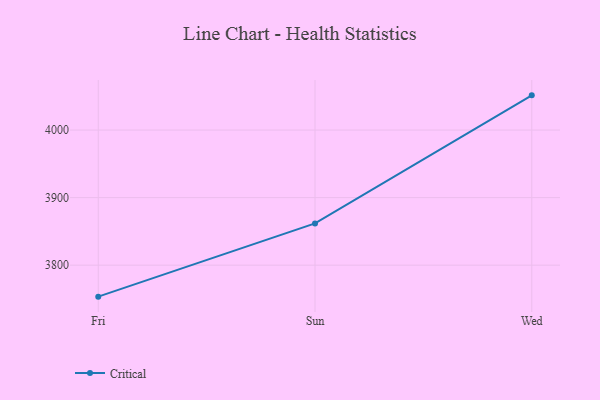
{"axis": {"x": "Day", "y": "Production Output"}, "legend": ["Critical"], "data": [{"x": "Fri", "y": 3753.4, "type": "Critical"}, {"x": "Sun", "y": 3861.8, "type": "Critical"}, {"x": "Wed", "y": 4051.4, "type": "Critical"}]}